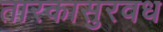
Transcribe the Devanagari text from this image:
तारकासुरवध